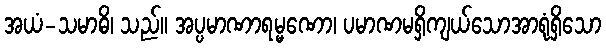
အယံ-သမာဓိ၊ သည်။ အပ္ပမာဏာရမ္မဏော၊ ပမာဏမရှိကျယ်သောအာရုံရှိသော